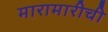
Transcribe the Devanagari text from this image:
मारामारीची